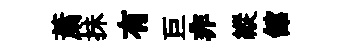
䔥抺有巨非縱舘